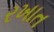
રખાત